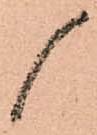
候